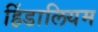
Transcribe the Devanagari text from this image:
हिंडालियम